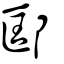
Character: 邼